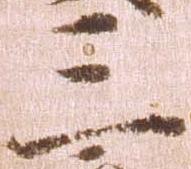
三